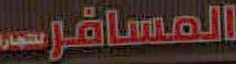
المسافرين